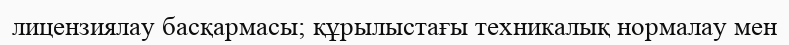
лицензиялау басқармасы; құрылыстағы техникалық нормалау мен